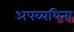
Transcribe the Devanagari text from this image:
अपव्ययिता